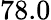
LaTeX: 78.0